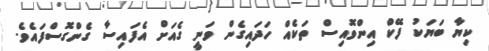
ކިޔާ ބަޔަކު ފޭކް އިންވޮއިސް ތަކެއް ހަދައިގެން ވަނީ ގެއަށް އެފައިސާ ގެންގޮސްފައެވެ.